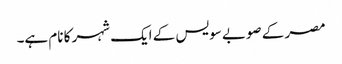
مصر کے صوبے سویس کے ایک شہر کا نام ہے۔